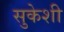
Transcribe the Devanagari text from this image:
सुकेशी